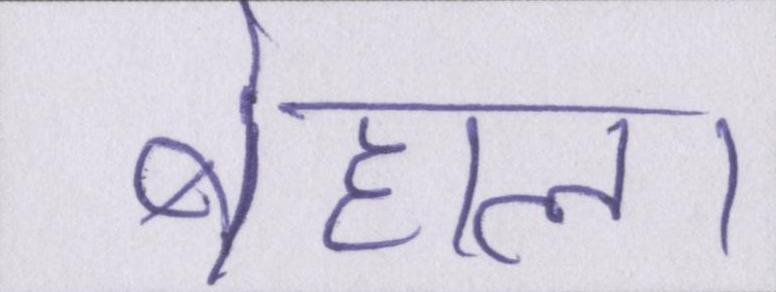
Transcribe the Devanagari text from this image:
बेहाल।